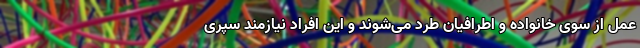
عمل از سوی خانواده و اطرافیان طرد می‌شوند و این افراد نیازمند سپری